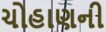
ચોહાણની